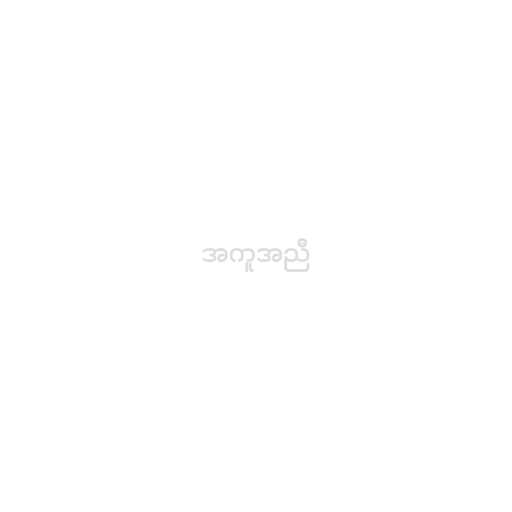
အကူအညီ